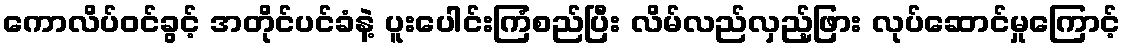
ကောလိပ်၀င်ခွင့် အတိုင်ပင်ခံနဲ့ ပူးပေါင်းကြံစည်ပြီး လိမ်လည်လှည့်ဖြား လုပ်ဆောင်မှုကြောင့်